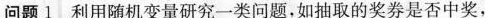
问题1 利用随机变量研究一类问题，如抽取的奖券是否中奖，